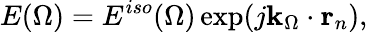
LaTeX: E(\Omega)=E^{iso}(\Omega)\exp(j\mathbf{k}_{\Omega}\cdot\mathbf{r}_{n}),